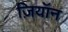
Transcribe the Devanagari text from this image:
ज़ियॉन